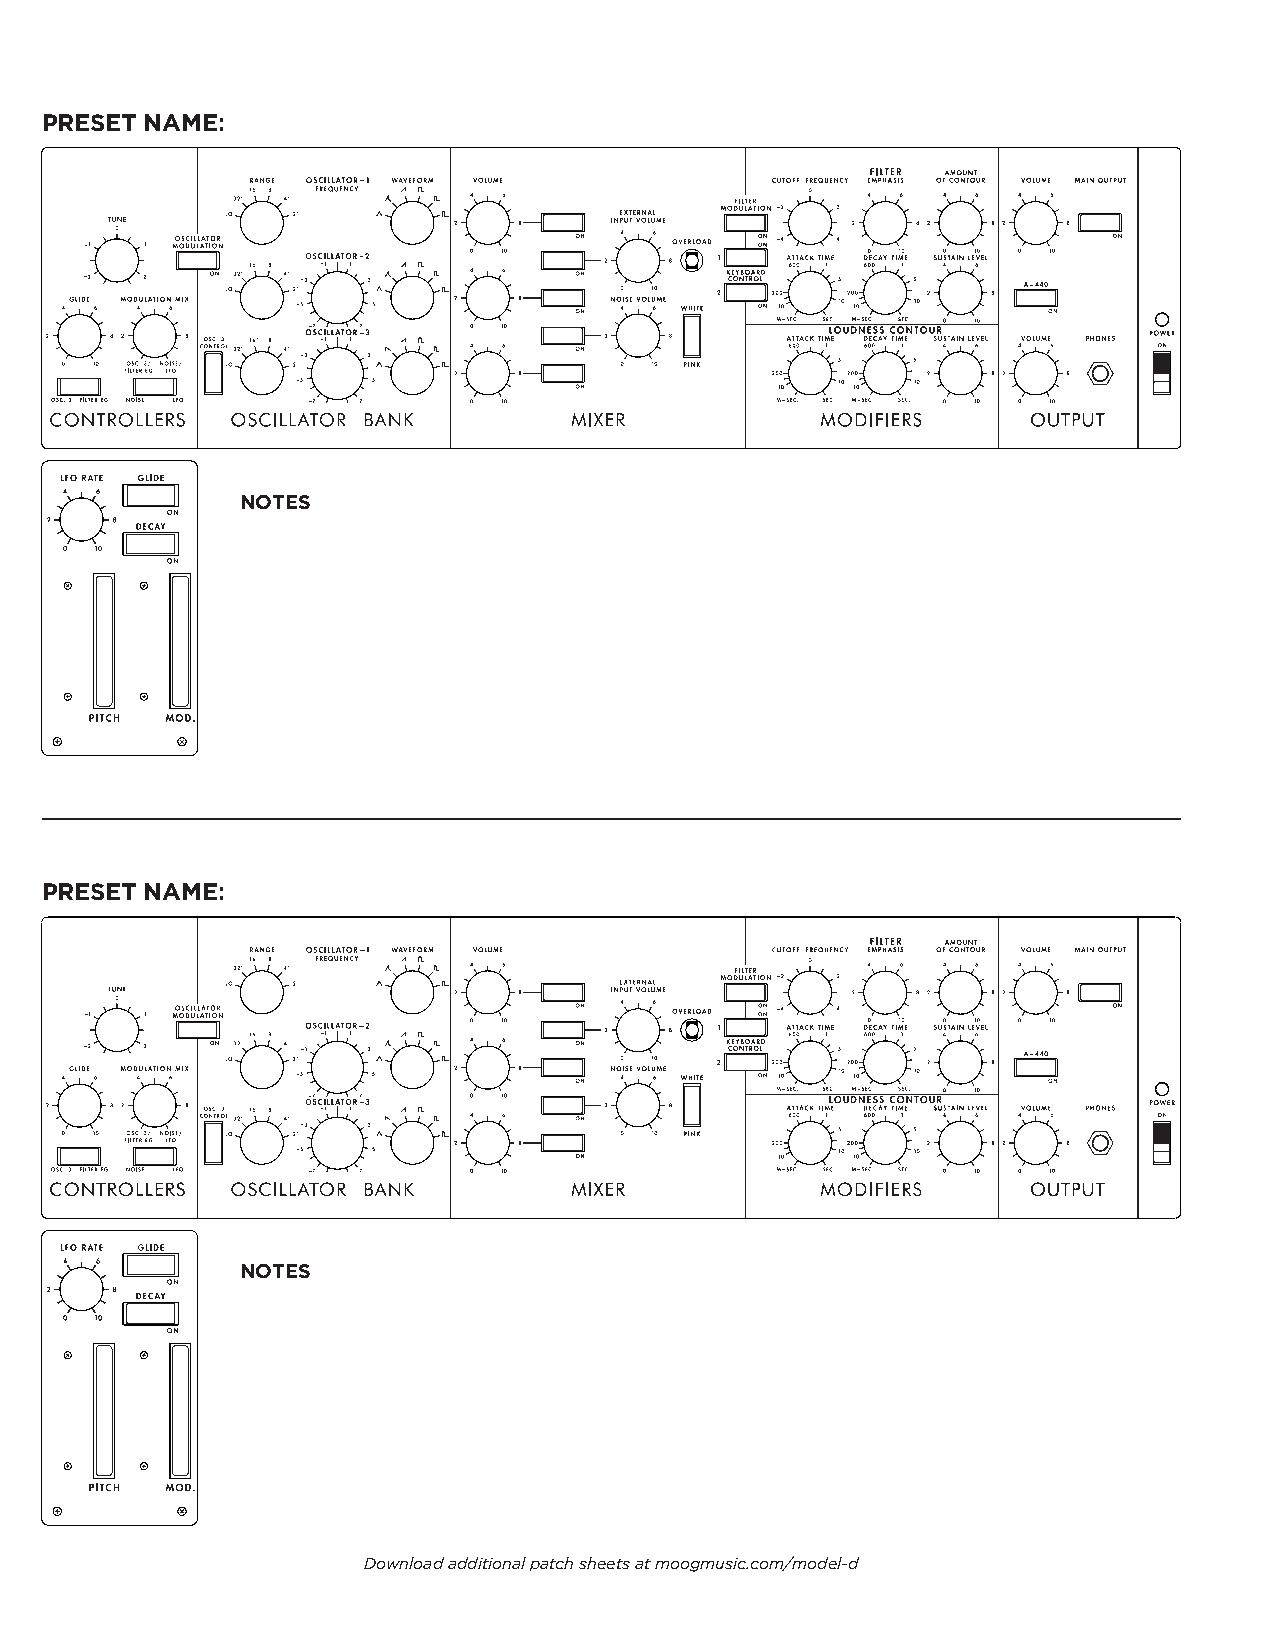
PRESET NAME:
 10                    5    0    0
 0                                  0
 0        10                    5    0    0
 0    0                               0
 0        10                    0    0    10
 NOTES
 PRESET NAME:
 10                    5    0    0
 0                                  0
 0        10                    5    0    0
 0    0                               0
 0        10                    0    0    10
 NOTES
 Download additional patch sheets at moogmusic.com/model-d